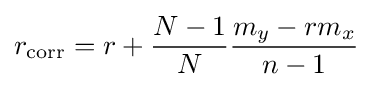
r_{\mathrm {corr} }=r+{\frac {N-1}{N}}{\frac {m_{y}-rm_{x}}{n-1}}